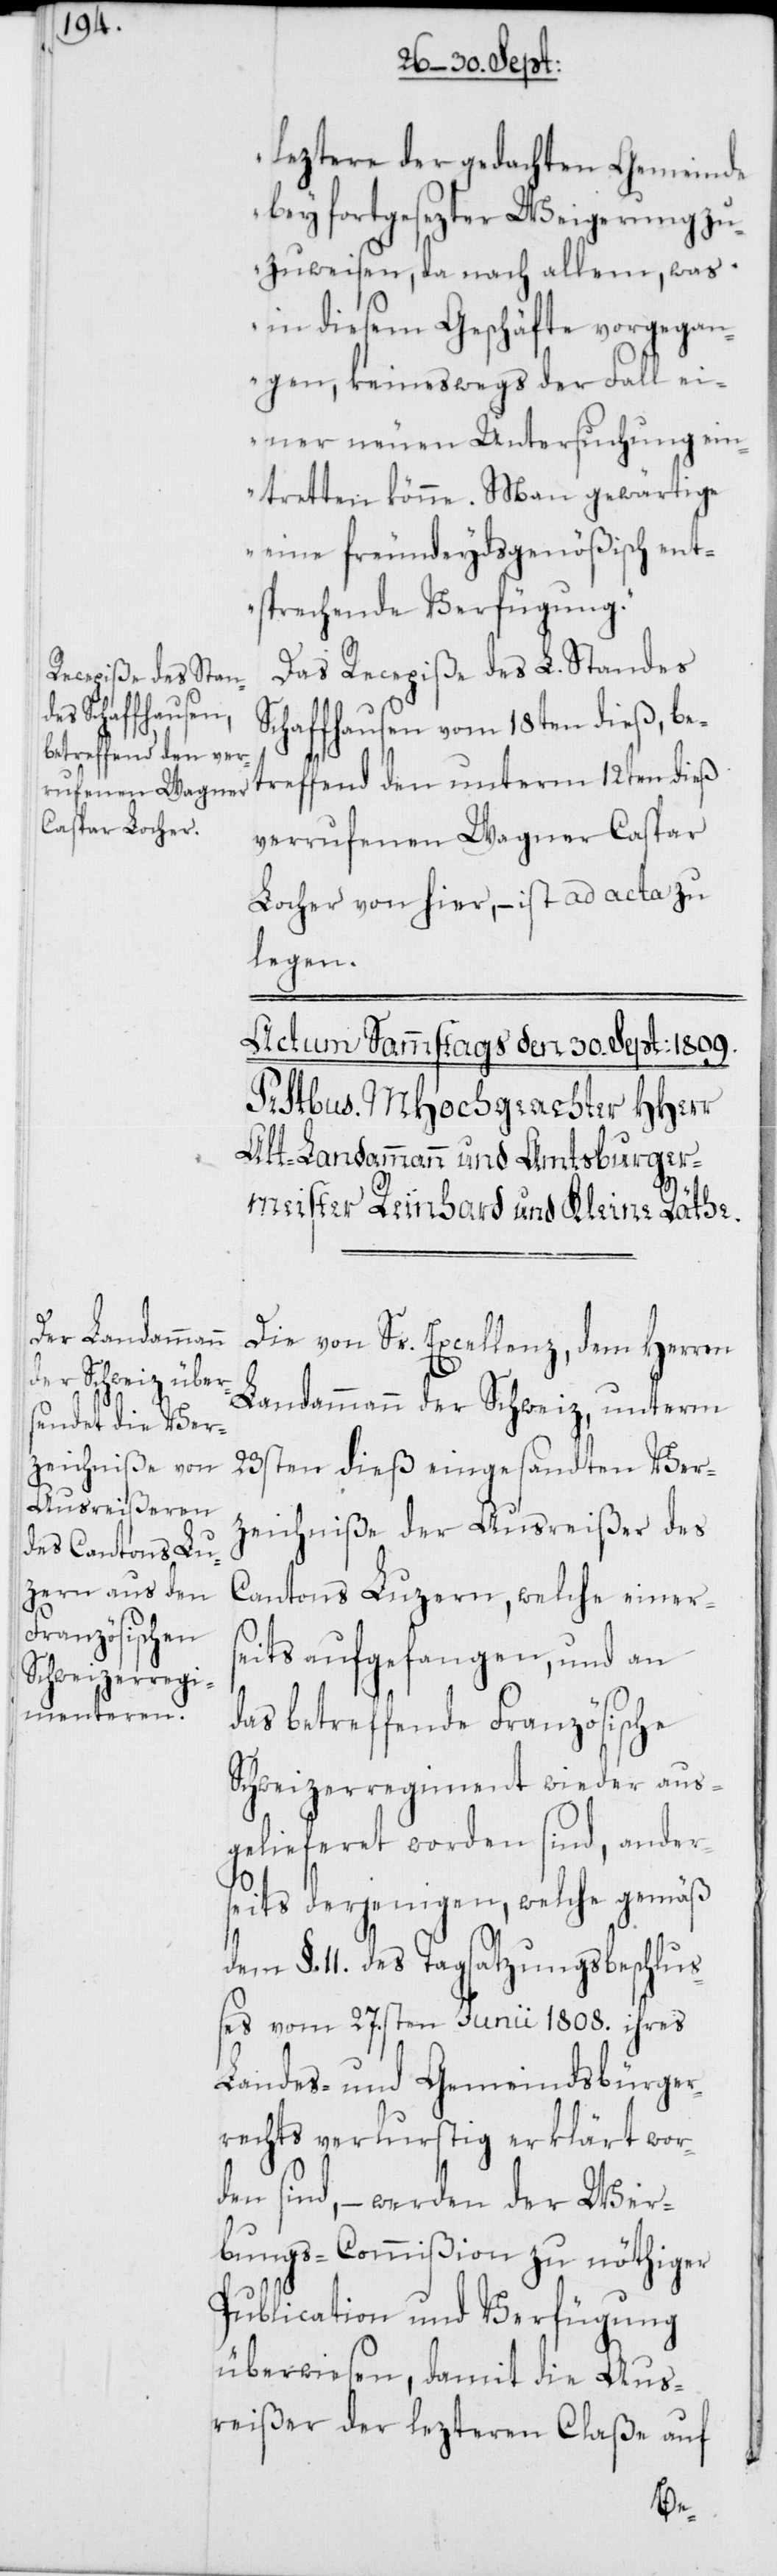
leztere der gedachten Gemeinde
bey fortgesezter Weigerung zu¬
zuweisen, da nach allem, was
in diesem Geschäfte vorgegan¬
gen, keineswegs der Fall ei¬
ner neuen Untersuchung ein¬
tretten könne. Man gewärtige
eine freundeydsgenößisch ent¬
sprechende Verfügung.“
Das Recepiße des L. Standes
Schaffhausen vom 18ten dieß, be¬
treffend den unterm 12ten dieß
verrufenen Wagner Caspar
Locher von hier, – ist ad acta zu
legen.
Die von Sr. Excellenz, dem Herren
Landammann der Schweiz, unterm
23sten dieß eingesandten Ver¬
zeichniße der Ausreißer des
Cantons Luzern, welche einers¬
eits aufgefangen, und an
das betreffende Französische
Schweizerregiment wieder aus¬
gelieferet worden sind, ander¬
seits derjenigen, welche gemäß
dem §. 11. des Tagsatzungsbeschluß¬
es vom 27.sten Junii 1808. ihres
Landes- und Gemeindsbürger¬
rechts verlurstig erklärt wor¬
den sind, – werden der Wer¬
bungs-Commißion zu nöthiger
Publication und Verfügung
überwiesen, damit die Aus¬
reißer der lezteren Claße auf